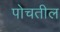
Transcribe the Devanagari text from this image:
पोचतील